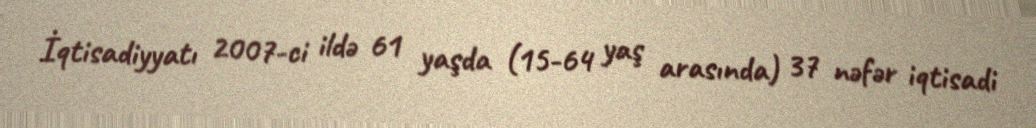
İqtisadiyyatı 2007-ci ildə 61 yaşda (15-64 yaş arasında) 37 nəfər iqtisadi